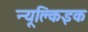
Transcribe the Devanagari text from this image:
न्यूक्लिइक